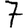
Digit: 7